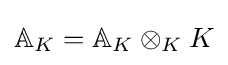
\mathbb {A} _{K}=\mathbb {A} _{K}\otimes _{K}K